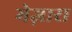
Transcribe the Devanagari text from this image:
मेज़ारा